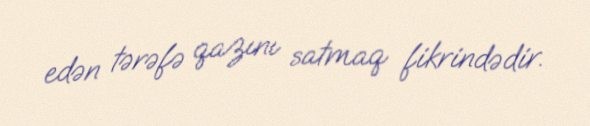
edən tərəfə qazını satmaq fikrindədir.